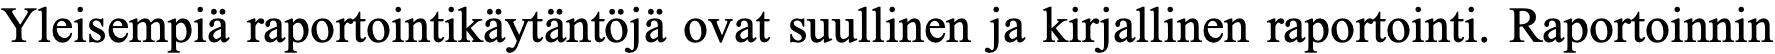
Yleisempiä raportointikäytäntöjä ovat suullinen ja kirjallinen raportointi. Raportoinnin